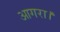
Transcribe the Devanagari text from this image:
आगरा।